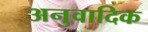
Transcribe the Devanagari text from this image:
अनुवादिक